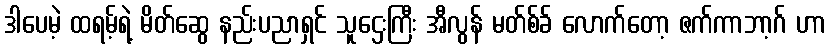
ဒါပေမဲ့ ထရမ့်ရဲ့ မိတ်ဆွေ နည်းပညာရှင် သူဌေးကြီး အီလွန် မတ်စ်ခ် လောက်တော့ ဇက်ကာဘာ့ဂ် ဟာ